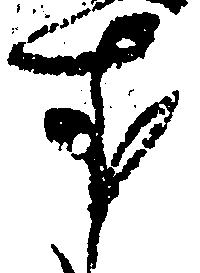
す